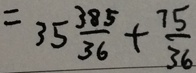
= 3 5 \frac { 3 8 5 } { 3 6 } + \frac { 7 5 } { 3 6 }